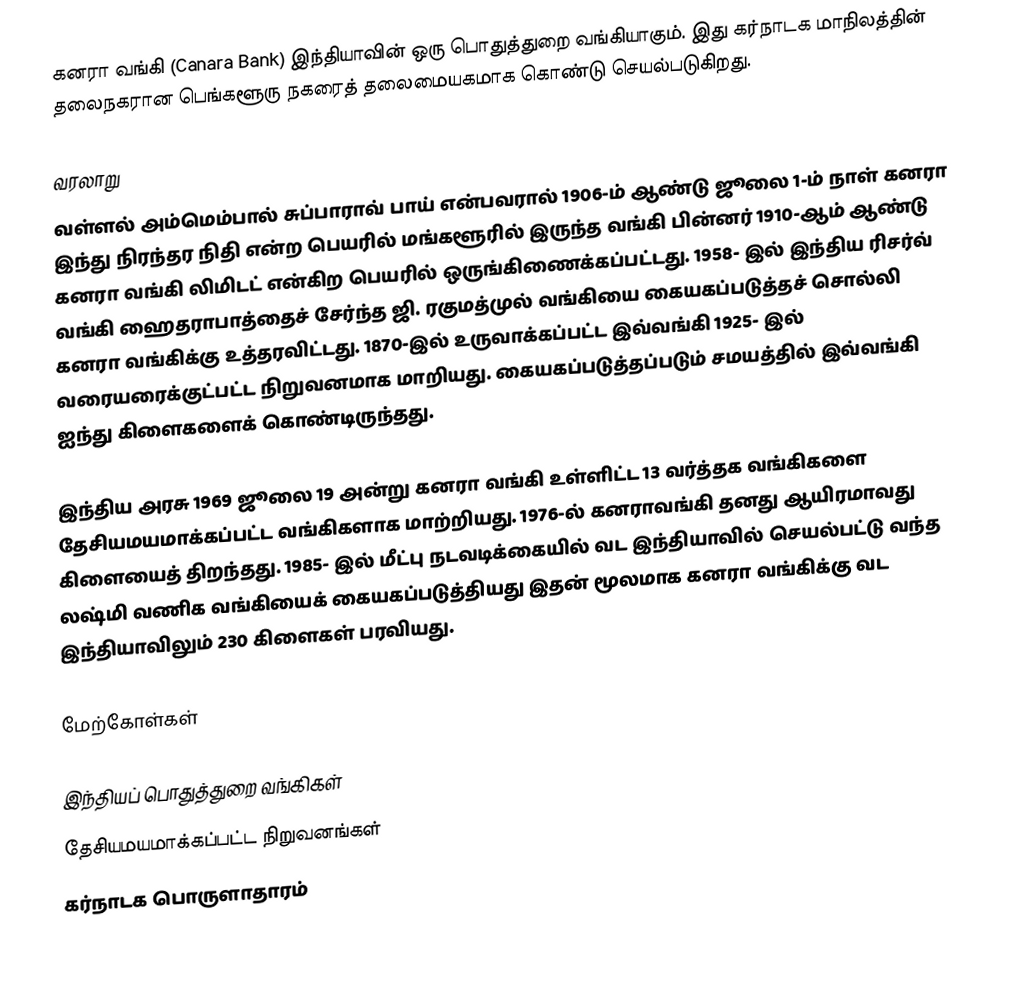
கனரா வங்கி (Canara Bank) இந்தியாவின் ஒரு பொதுத்துறை வங்கியாகும். இது கர்நாடக மாநிலத்தின் தலைநகரான பெங்களூரு நகரைத் தலைமையகமாக கொண்டு செயல்படுகிறது.

வரலாறு
வள்ளல் அம்மெம்பால் சுப்பாராவ் பாய் என்பவரால் 1906-ம் ஆண்டு ஜூலை 1-ம் நாள் கனரா இந்து நிரந்தர நிதி என்ற பெயரில் மங்களூரில் இருந்த வங்கி பின்னர் 1910-ஆம் ஆண்டு கனரா வங்கி லிமிடட் என்கிற பெயரில் ஒருங்கிணைக்கப்பட்டது.  1958- இல் இந்திய ரிசர்வ் வங்கி ஹைதராபாத்தைச் சேர்ந்த ஜி. ரகுமத்முல் வங்கியை கையகப்படுத்தச் சொல்லி கனரா வங்கிக்கு உத்தரவிட்டது.  1870-இல் உருவாக்கப்பட்ட இவ்வங்கி 1925- இல் வரையரைக்குட்பட்ட நிறுவனமாக மாறியது.  கையகப்படுத்தப்படும் சமயத்தில் இவ்வங்கி ஐந்து கிளைகளைக் கொண்டிருந்தது.

இந்திய அரசு 1969 ஜூலை 19 அன்று கனரா வங்கி உள்ளிட்ட 13 வர்த்தக வங்கிகளை  தேசியமயமாக்கப்பட்ட வங்கிகளாக  மாற்றியது.  1976-ல் கனராவங்கி தனது ஆயிரமாவது கிளையைத் திறந்தது.  1985- இல் மீட்பு நடவடிக்கையில் வட இந்தியாவில் செயல்பட்டு வந்த லஷ்மி வணிக வங்கியைக் கையகப்படுத்தியது இதன் மூலமாக கனரா வங்கிக்கு வட இந்தியாவிலும் 230 கிளைகள் பரவியது.

மேற்கோள்கள்

இந்தியப் பொதுத்துறை வங்கிகள்
தேசியமயமாக்கப்பட்ட நிறுவனங்கள்
கர்நாடக பொருளாதாரம்